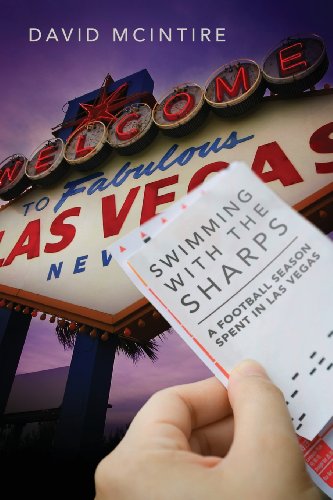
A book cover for Swimming with the Sharps: A Football Season Spent in Las Vegas; David McIntire; Humor & Entertainment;